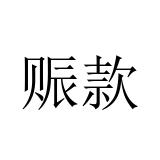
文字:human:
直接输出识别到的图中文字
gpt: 赈款